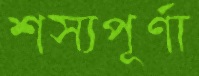
শস্যপূর্ণা